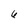
Character: 6